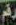
رقم